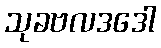
သုခဗလဒဒေါ